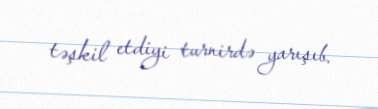
təşkil etdiyi turnirdə yarışıb.